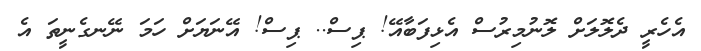
އެހެރީ ދެލޮލަށް ލޮނުމިރުސް އެޅިފަބާއޭ! ޕިސް.. ޕިސް! އޭނަޔަށް ހަމަ ނޭނގެނީތަ އެ